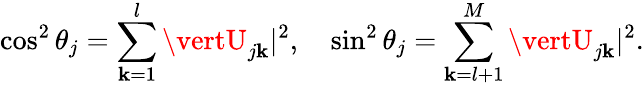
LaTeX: \cos^{2}{\theta_{j}}=\sum_{\mathbf{k}=1}^{l}\vertU_{j\mathbf{k}}\vert^{2},\quad\sin^{2}{\theta_{j}}=\sum_{\mathbf{k}=l+1}^{M}\vertU_{j\mathbf{k}}\vert^{2}.